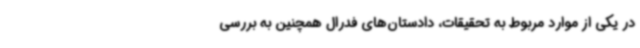
در یکی از موارد مربوط به تحقیقات،‌ دادستان‌های فدرال همچنین به بررسی